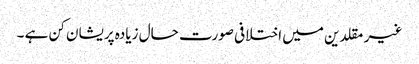
غیر مقلدین میں اختلافی صورت حال زیادہ پریشان کن ہے ۔